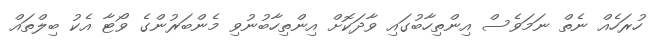
ހުރަހެއް ނެތް ނަމަވެސް އިންތިހާބުގައި ވާދަކޮށް އިންތިހާބުނުވި މެންބަރުންގެ ވޯޓާ އެކު ބިލްތައް